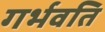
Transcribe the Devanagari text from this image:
गर्भवति